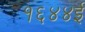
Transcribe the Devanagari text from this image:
१६४४ई